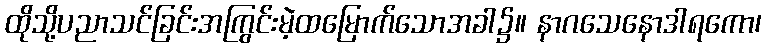
ထိုသို့ပညာသင်ခြင်းအကြွင်းမဲ့ထမြောက်သောအခါ၌။ နာဂသေနောဒါရကော၊